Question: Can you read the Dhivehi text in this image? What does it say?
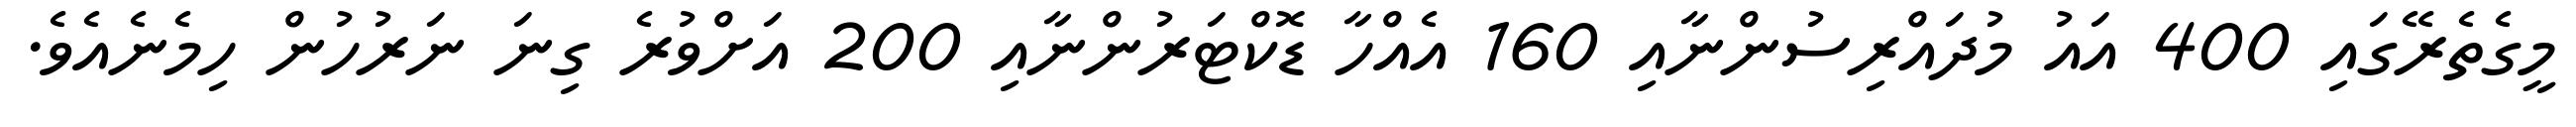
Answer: މީގެތެރޭގައި 400 އައު މުދައްރިސުންނާއި 160 އެއްހާ ޑޮކްޓަރުންނާއި 200 އަށްވުރެ ގިނަ ނަރުހުން ހިމެނެއެވެ.